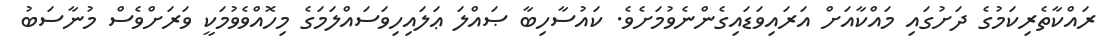
ރައްކާތެރިކަމުގެ ދަށުގައި މައްކާއަށް އަރައިވަޑައިގެންނެވުމަށެވެ. ކައުސާހިބާ ޞައްލަ ޢަލައިހިވަސައްލަމަގެ މިހޮއްވެވުމަކީ ވަރަށްވެސް މުނާސަބު